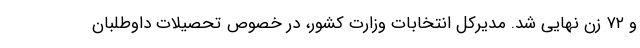
و ۷۲ زن نهایی شد. مدیرکل انتخابات وزارت کشور، در خصوص تحصیلات داوطلبان